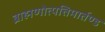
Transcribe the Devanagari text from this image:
ब्राह्मणोत्पत्तिमार्तण्ड